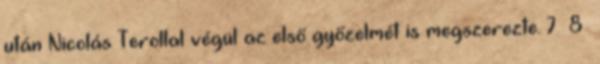
után Nicolás Terollal végül az első győzelmét is megszerezte. 7 8